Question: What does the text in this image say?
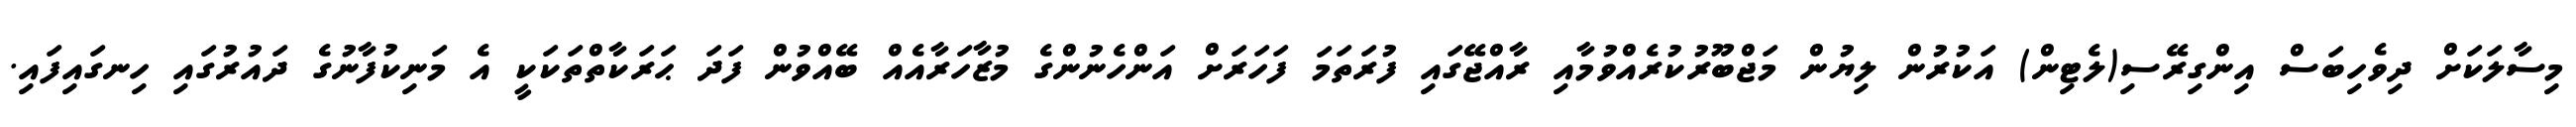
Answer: މިސާލަކަށް ދިވެހިބަސް އިންގިރޭސި(ލެޓިން) އަކުރުން ލިޔުން މަޖްބޫރުކުރެއްވުމާއި ރާއްޖޭގައި ފުރަތަމަ ފަހަރަށް އަންހެނުންގެ މުޒާހަރާއެއް ބޭއްވުން ފަދަ ޙަރަކާތްތަކަކީ އެ މަނިކުފާނުގެ ދައުރުގައި ހިނގައިފައި.